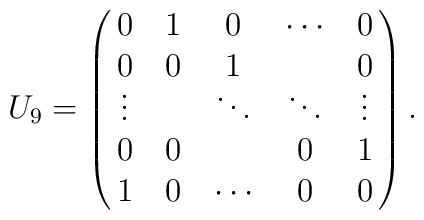
U_9=\pmatrix  {0      & 1 & 0      & \cdots & 0      \cr   0      & 0 & 1      &        & 0      \cr   \vdots &   & \ddots & \ddots & \vdots \cr   0      & 0 &        & 0      & 1      \cr   1      & 0 & \cdots & 0      & 0      \cr  }.